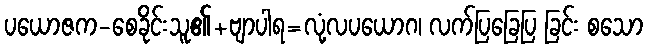
ပယောဇက-စေခိုင်းသူ၏+ဗျာပါရ=လုံ့လပယောဂ၊ လက်ပြခြေပြ ခြင်း စသော